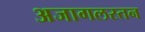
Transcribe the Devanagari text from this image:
अजागलस्तन